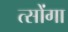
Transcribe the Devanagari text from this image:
त्सोंगा